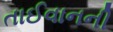
તાઈવાનની